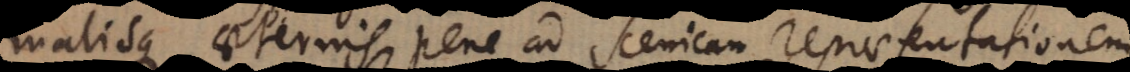
malisque aeternis pene ad scenicam repraesentationem